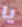
يا